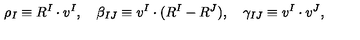
\rho _ { I } \equiv R ^ { I } \cdot v ^ { I } , \quad \beta _ { I J } \equiv v ^ { I } \cdot ( R ^ { I } - R ^ { J } ) , \quad \gamma _ { I J } \equiv v ^ { I } \cdot v ^ { J } ,